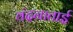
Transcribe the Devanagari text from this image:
वंदनाताई